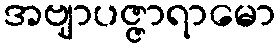
အဗျာပဇ္ဇာရာမော